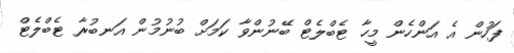
ފަހުން އެ އަންހެން މީހާ ޓެބްލެޓް ބޭނުންވާ ކަމަށް ބުނުމުން އަނބުރާ ޓެބްލެޓް